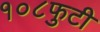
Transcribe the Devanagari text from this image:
१०८फुटी